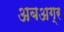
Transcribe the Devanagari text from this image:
अबअग्र